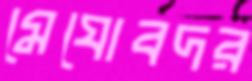
মেঘোবদর